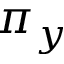
\pi _ { y }